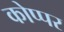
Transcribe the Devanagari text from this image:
कोप्पर